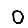
Digit: 0